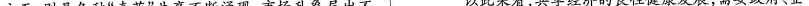
方面，则是各种”奇葩”共享不断涌现，市场乱象层出不以此来看，共享经济的良性健康发展，需要政府、企